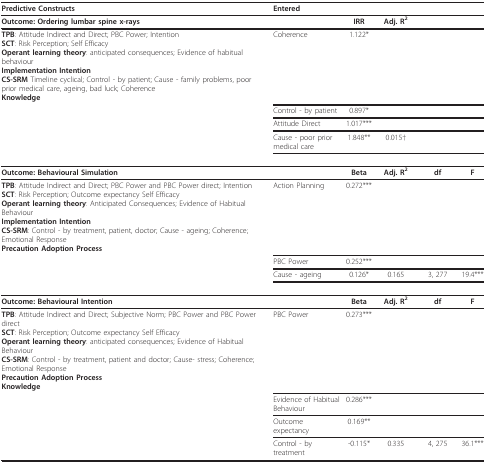
| Predictive Constructs | Entered |  |  |  |  |
 | --- | --- | --- | --- | --- | --- |
 | Outcome: Ordering lumbar spine x-rays |  | IRR | Adj. R2 |  |  |
 | TPB: Attitude Indirect and Direct; PBC Power; IntentionSCT: Risk Perception; Self EfficacyOperant learning theory: anticipated consequences; Evidence of habitual behaviourImplementation IntentionCS-SRM Timeline cyclical; Control - by patient; Cause - family problems, poor prior medical care, ageing, bad luck; CoherenceKnowledge | Coherence | 1.122* |  |  |  |
 |  | Control - by patient | 0.897* |  |  |  |
 |  | Attitude Direct | 1.017*** |  |  |  |
 |  | Cause - poor prior medical care | 1.848** | 0.015† |  |  |
 | Outcome: Behavioural Simulation |  | Beta | Adj. R2 | df | F |
 | TPB: Attitude Indirect and Direct; PBC Power and PBC Power direct; IntentionSCT: Risk Perception; Outcome expectancy Self EfficacyOperant learning theory: Anticipated Consequences; Evidence of Habitual BehaviourImplementation IntentionCS-SRM: Control - by treatment, patient, doctor; Cause - ageing; Coherence; Emotional ResponsePrecaution Adoption Process | Action Planning | 0.272*** |  |  |  |
 |  | PBC Power | 0.252*** |  |  |  |
 |  | Cause - ageing | 0.126* | 0.165 | 3, 277 | 19.4*** |
 | Outcome: Behavioural Intention |  | Beta | Adj. R2 | df | F |
 | TPB: Attitude Indirect and Direct; Subjective Norm; PBC Power and PBC Power directSCT: Risk Perception; Outcome expectancy Self EfficacyOperant learning theory: anticipated consequences; Evidence of Habitual BehaviourCS-SRM: Control - by treatment, patient and doctor; Cause- stress; Coherence; Emotional ResponsePrecaution Adoption ProcessKnowledge | PBC Power | 0.273*** |  |  |  |
 |  | Evidence of Habitual Behaviour | 0.286*** |  |  |  |
 |  | Outcome expectancy | 0.169** |  |  |  |
 |  | Control - by treatment | -0.115* | 0.335 | 4, 275 | 36.1*** |